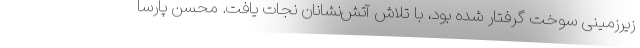
زیرزمینی سوخت گرفتار شده بود، با تلاش آتش‌نشانان نجات یافت. محسن پارسا